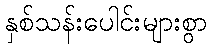
နှစ်သန်းပေါင်းများစွာ